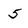
Character: 5